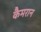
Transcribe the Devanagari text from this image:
कैमरान